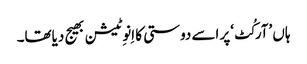
ہاں ’آرکُٹ‘پر اسے دوستی کا اِنوِٹیشن بھیج دیاتھا۔